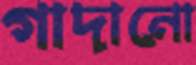
গাদানো